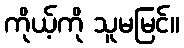
ကိုယ့်ကို သူမမြင်။